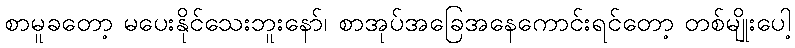
စာမူခတော့ မပေးနိုင်သေးဘူးနော်၊ စာအုပ်အခြေအနေကောင်းရင်တော့ တစ်မျိုးပေါ့